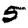
Digit: 5